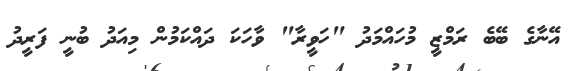
އޭނާގެ ބޭބެ ރަމްޒީ މުހައްމަދު "ހަވީރާ" ވާހަކަ ދައްކަމުން މިއަދު ބުނީ ފަރީދު